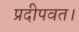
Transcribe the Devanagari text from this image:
प्रदीपवत।